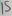
Text: 15